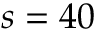
s = 4 0